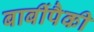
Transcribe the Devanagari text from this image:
बाबींपैकी